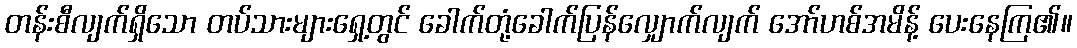
တန်းစီလျက်ရှိသော တပ်သားများရှေ့တွင် ခေါက်တုံ့ခေါက်ပြန်လျှောက်လျက် အော်ဟစ်အမိန့် ပေးနေကြ၏။